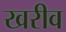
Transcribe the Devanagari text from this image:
खरीव